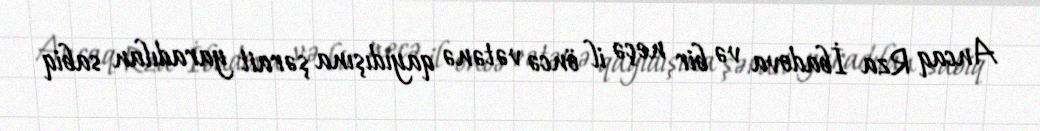
Ancaq Rza İbadova və bir neçə il öncə vətənə qayıdışına şərait yaradılan sabiq